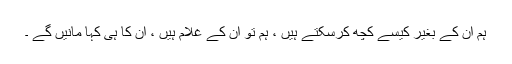
ہم ان کے بغیر کیسے کچھ کرسکتے ہیں ، ہم تو ان کے غلام ہیں ، ان کا ہی کہا مانیں گے ۔